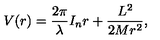
V ( r ) = \frac { 2 \pi } { \lambda } I _ { n } r + \frac { L ^ { 2 } } { 2 M r ^ { 2 } } ,